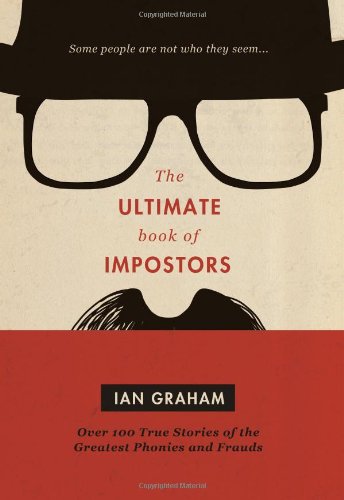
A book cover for The Ultimate Book of Impostors: Over 100 True Stories of the Greatest Phonies and Frauds; Ian Graham; Biographies & Memoirs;